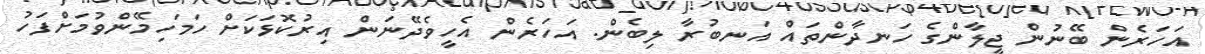
އަހަރެން ބޭނުން ޖީލާންގެ ހަނދާންތައް އަނބުރާ ލިބެން. އަހަރެން އެހީވެދޭނަން އިރުކޮޅަކަށް ހަމަހިމޭންވުމަށްފަހު